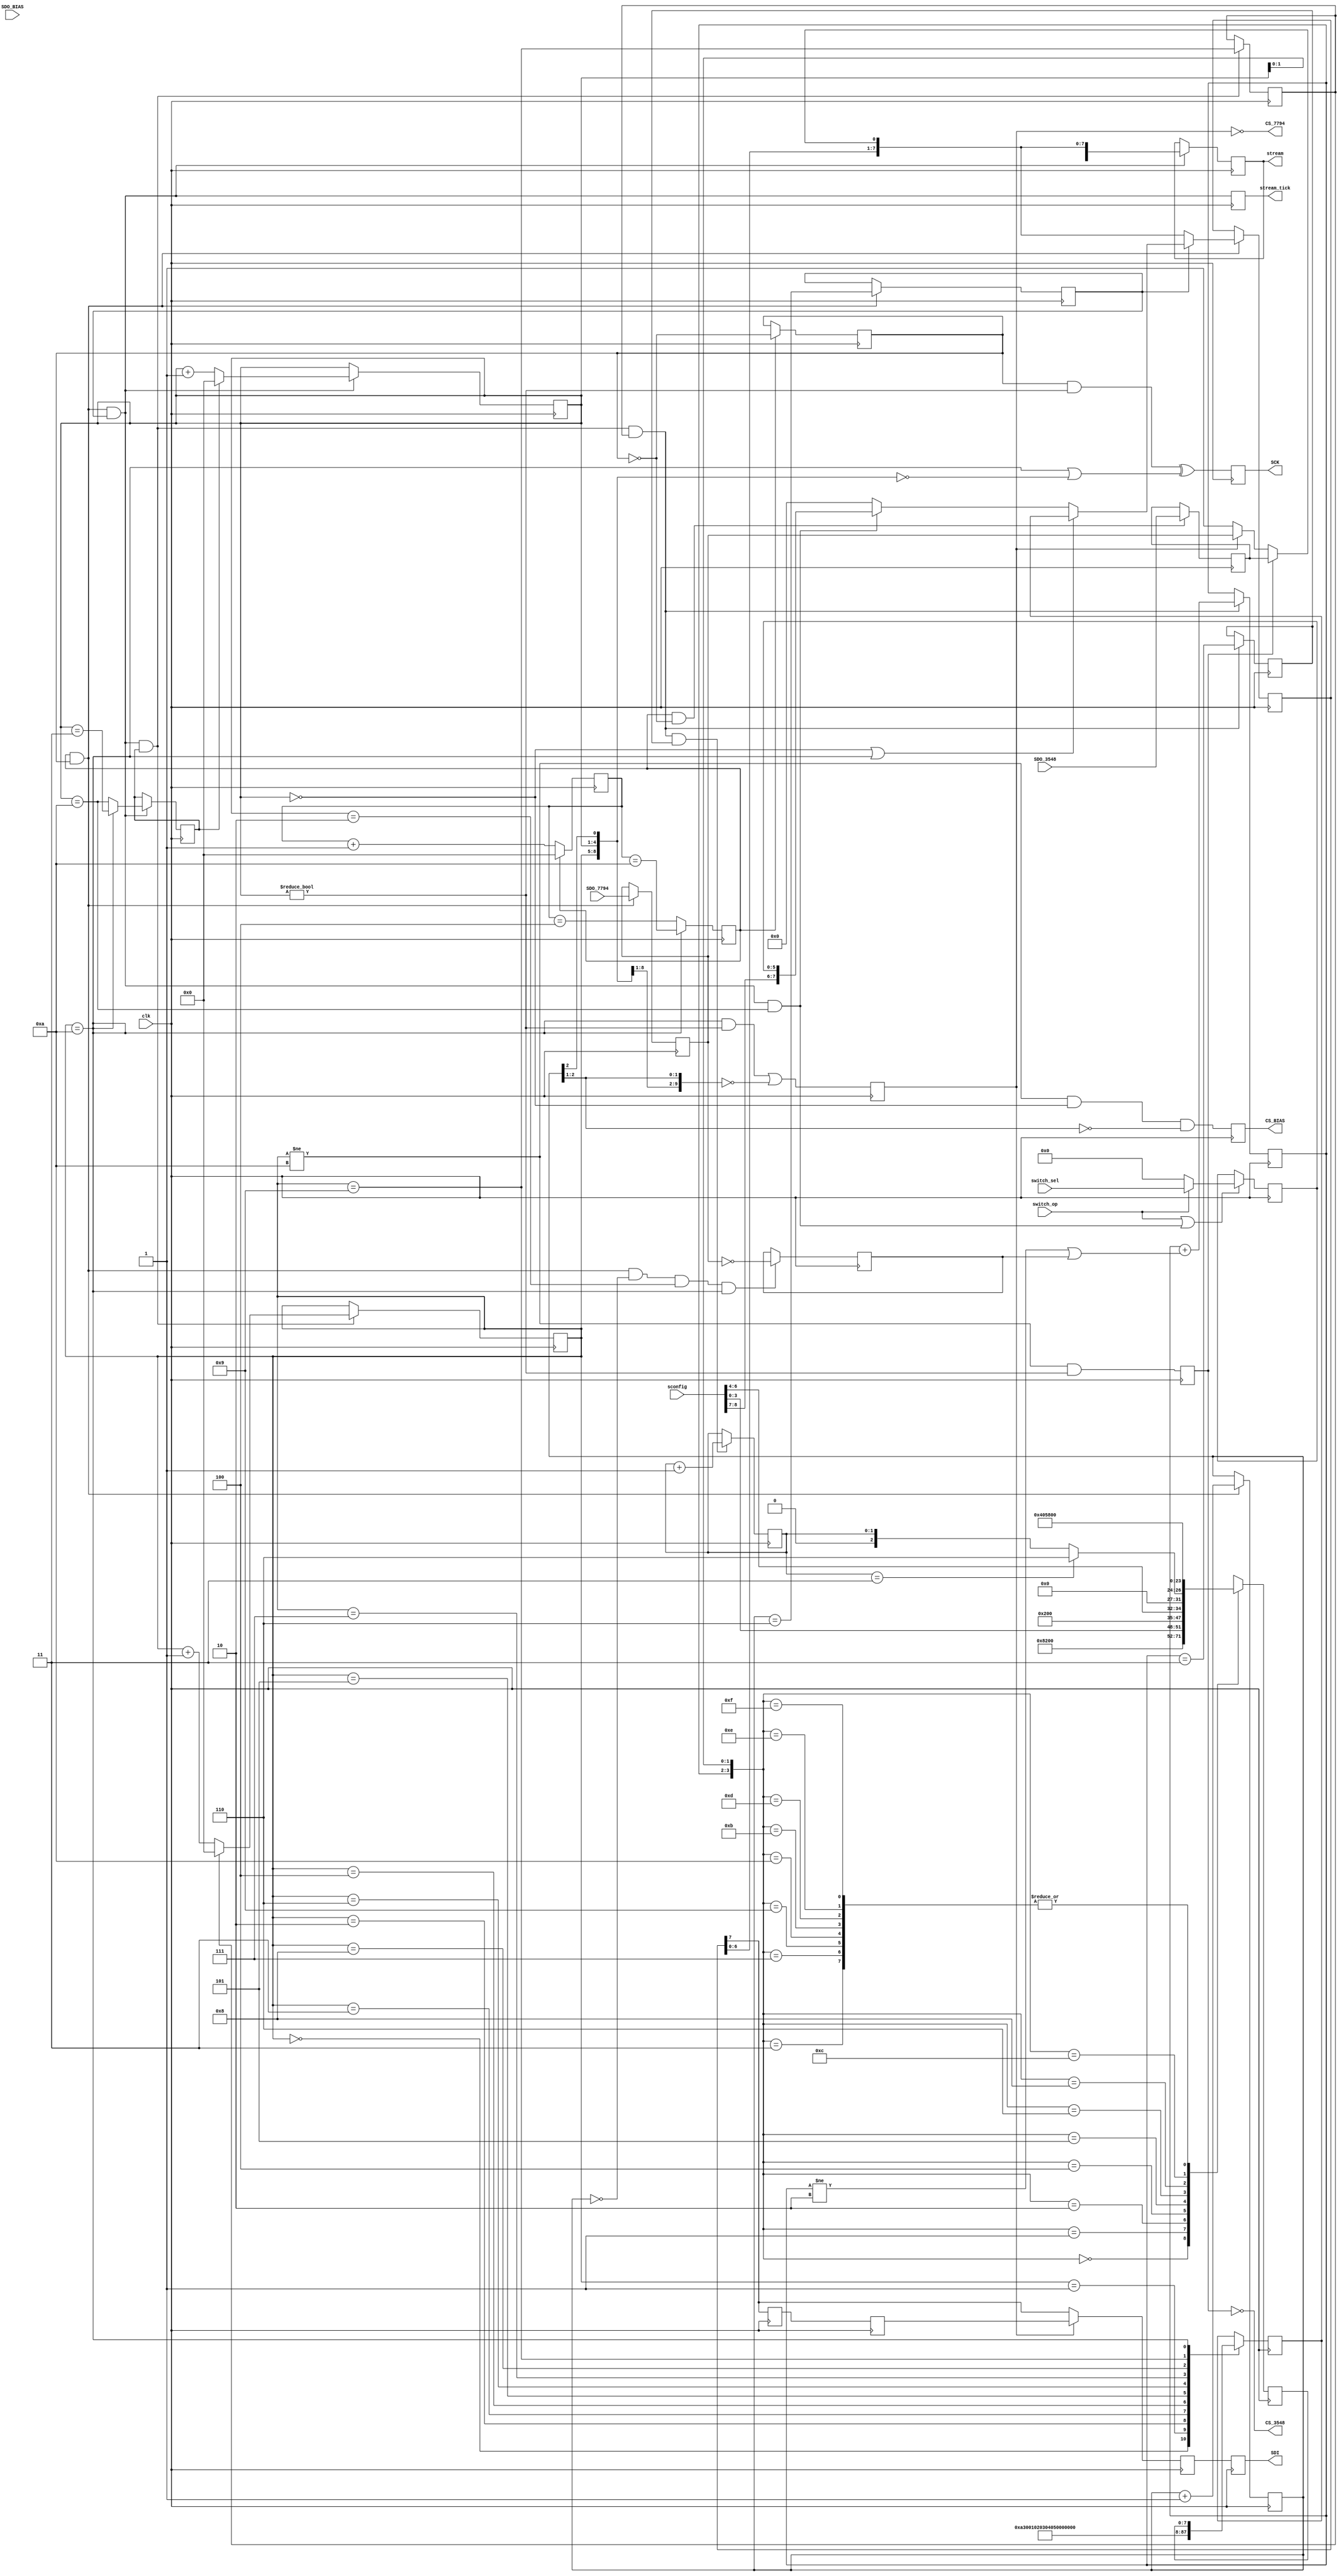
`timescale 1 ns / 1 ns
// support for
//   AD7794 24-bit 6-channel ADC
//   TLC3548 14-bit 8-channel ADC
//   XC9536XL CPLD (programmed according to bias_ctl.v)
// sharing SCK and SDI, but with individual CS and SDO.

// Pin assignments, refer to test22.ps (expansion board schematic)
// and LLRF4 board documentation.  J2 is on expansion board, J3 is
// on LLRF4 board.
// SDI sends a signal to devices from this FPGA

module sporta(
	input clk,       // timespec 8 ns
	output SCK,      // O1  J2-4   J3-17  L6N
	output SDI,      // O3  J2-6   J3-15  L5N
	output CS_7794,  // O2  J2-5   J3-16  L6P
	output CS_3548,  // O4  J2-7   J3-14  L5P
	output CS_BIAS,  // O5  J2-9   J3-12  L4N
	input SDO_7794,  // I2  J2-16  J3-5   L1N
	input SDO_3548,  // I3  J2-17  J3-4   L1P
	input SDO_BIAS,  // I1  J2-15  J3-6   L2P
	input [8:0] sconfig,  // expand as needed
	input [5:0] switch_sel,
	input switch_op,
	output [15:0] stream,
	output stream_tick
);

// The open-drain output of the 74LCX07 causes asymmetries in the
// output waveforms: slow rise, fast fall.  The rising-edge triggered
// AD7794 therefore needs its data to have a three-ish clock cycle
// hold time, in case it makes a high-to-low transition that could
// beat the rise time of the clock.

// AD7794:
//   SCLK up to 5 MHz
//   CS_7794 held high when not in use
//   SDI must be valid around SCK rising edge
//   SDO_7794 changes in response to SCK falling edge
//   possible transactions:
//      lower CS, send write to command register (0x08),
//            send 16 bits data to mode register, raise CS
//      lower CS, send write to command register (0x58),
//            read 24 data bits from data register, raise CS

// TLC3548:
//   SCLK up to 25 MHz
//   CS_3548 held high when not in use
//   SDI must be valid around SCK falling edge
//   SDO_3548 changes in response to SCK rising edge
//   possible transactions:
//      lower CS, send 4 bits of command, 12 bits to configuration register,
//            raise CS
//      lower CS, send 4 bits of command while reading data, 10 more clocks
//            to read data, 2 more clocks for don't care bits, 72 more clocks
//            to operate conversion, raise CS
//   See page 18 for the 4-bit command code; selects channel or write CFR
//      (needs to cycle through A, 0-7, to setup and read 8 analog channels)
//   4+12+72=88 clock cycle (short, up to 10 MHz) 11 us at 8 MHz
//   4+44+72=120 clock cycle (long, up to 25 MHz) 5 us at 24 MHz
//    120 ~ 128, or 16 bytes
//   suitable command register transaction: 0xa100, external clock

// Bias CPLD:
//   SCLK up to 200 MHz
//   CS_BIAS held low when not in use
//   SDI must be valid around SCK rising edge
//   SDO_BIAS changes in response to SCK rising edge
//   possible transaction:
//      send 6 on/off command bits, raise CS, clock once,
//            lower CS, clock 6 status bits back

// 5 MHz SCLK
// groups of 8, either send/receive data, or raise/lower CS lines
// instruction memory for send data, 2 x CS lines, clock enable,
// and indirect modifiers for data (e.g., use channel counter).

reg [1:0] c6=0;  //  0 to 2, choosing slow ADC channel
reg [1:0] c5=0;  //  0 to 3, choosing slow ADC sequence
reg [3:0] c4=0;  //  0 to 10, choosing fast ADC channel, setup
reg [3:0] c3=0;  //  0 to 11, counting bytes within 88 bit fast ADC cycle
reg [2:0] c2=0;  //  0 to 7, bits within the byte
reg [0:0] c1=0;  //  SCK high or low
reg [3:0] c0=0;  //  0 to 5 or 11, high/low SCK time for 3548 or 7794 (87.5 MHz clock)
wire [7:0] stream_state = {c6,c5==3,c4,c3==0};

reg carry0=0, carry2=0, carry3=0, carry4=0, carry5=0;
wire carry1 = c1;
reg ready_7794=0;
always @(posedge clk) begin
	carry0 <= (c4==10) ? (c0==10) : (c0==4);
	c0 <= carry0 ? 0 : (c0+1);
	if (carry0) begin
		c1 <= ~c1;
	end
	if (carry0 & carry1) begin
		carry2 <= c2==6;
		c2 <= c2+1;
	end
	if (carry0 & carry1 & carry2) begin
		carry3 <= (c4==10) ? (c3==3) : (c3==10);
		c3 <= carry3 ? 0 : (c3+1);
	end
	if (carry0 & carry1 & carry2 & carry3) begin
		carry4 <= c4==9;
		c4 <= carry4 ? 0 : (c4+1);
	end
	if (carry0 & carry1 & carry2 & carry3 & carry4) begin
		carry5 <= c5==3;
		c5 <= c5 + (c5!=2 | ready_7794);
	end
	if (carry0 & carry1 & carry2 & carry3 & carry4 & carry5) begin
		c6 <= c6+1;
	end
end

// Bias CPLD programming
// XXX still needs to read out the state
reg [5:0] switch_pend=0;
wire switch_load = carry0 & carry1 & carry2 & (c3==10);
always @(posedge clk) begin
	if (switch_op | switch_load) switch_pend <= switch_op ? switch_sel : 8'b0;
end
wire [7:0] txd_bias = {sconfig[8:7],switch_pend};

reg [7:0] txd1;  // AD7794 programming
wire [3:0] filt_7794 = sconfig[3:0]; // See table 19
wire [2:0] gain_7794 = sconfig[6:4]; // See table 20
wire [3:0] chan_7794 = (c6==3) ? 4'h6 : {2'b0,c6};  // AIN1, AIN2, AIN3, Temperature
always @(posedge clk) case ({c5,c3[1:0]})
	4'h0: txd1 <= 8'h08;  // Write to mode register
	4'h1: txd1 <= 8'h20;  // Single Conversion, PSW off, AMP-CM off
	4'h2: txd1 <= {4'h0,filt_7794};  // Int. 64 kHz clock, chop enable
	4'h3: txd1 <= 8'h00;

	4'h4: txd1 <= 8'h10;  // Write to configuration register
	4'h5: txd1 <= {5'h0,gain_7794}; // No bias, config sets gain
	4'h6: txd1 <= {4'h0,chan_7794}; // REFIN1, enable ref_det, c6 sets input channel
	4'h7: txd1 <= 8'h00;

	4'h8: txd1 <= 8'h40;  // Read from status register
	4'h9: txd1 <= 8'h00;  // pad  (high order bit is #RDY)
	4'ha: txd1 <= 8'h00;
	4'hb: txd1 <= 8'h00;

	4'hc: txd1 <= 8'h58;  // Read from data register
	4'hd: txd1 <= 8'h00;
	4'he: txd1 <= 8'h00;
	4'hf: txd1 <= 8'h00;
endcase

reg [7:0] txd0=0;  // TLC3548 programming
always @(posedge clk) case(c4)
	4'h0: txd0 <= 8'ha3;
	4'h1: txd0 <= 8'h00;
	4'h2: txd0 <= 8'h10;
	4'h3: txd0 <= 8'h20;
	4'h4: txd0 <= 8'h30;
	4'h5: txd0 <= 8'h40;
	4'h6: txd0 <= 8'h50;
	4'h7: txd0 <= 8'h60;
	4'h8: txd0 <= 8'h70;
	4'h9: txd0 <= 8'hb0;  // test (ignore)
	4'ha: txd0 <= txd1;
endcase
wire [7:0] txd = ((c3==0) | (c4==10)) ? txd0 : switch_load ? txd_bias : 8'h00;

reg sck_r=0, sel_3548=0, sel_7794=0, sel_bias=0;
reg in_from_bias=0, in_from_3548=0, in_from_7794=0;
wire rxd = sel_3548 ? in_from_3548 : sel_7794 ? in_from_7794 : 1'b1 ;
reg [7:0] sr=0;
reg sr_out1=0, sr_out2=0, sr_out3=0, sr_out4=0;
wire [7:0] sr_next = {sr[6:0],rxd};
always @(posedge clk) begin
	if (carry0 & ~carry1) in_from_3548 <= SDO_3548;  // Latch in IOB
	if (carry0 &  carry1) in_from_7794 <= SDO_7794;  // Latch in IOB
	sck_r <= (c1 & (c3 != 0))^((c4==10)|({c4,c3,c2[2]}==0));
	sel_3548 <= (c4!=10) & (c3!=0);
	sel_7794 <= ((c4==10) & (c3!=0)) | ({c4,c3,c2[2:1]}==0);
	sel_bias <= (c4!=10) & (c3==0) & (c2[2:1]==0);
	if (carry0 & carry1) sr <= carry2 ? txd : sr_next;
	if (carry0 & carry1 & c2==0 & c3==2 & c4==10) ready_7794 <= ~in_from_7794;
	sr_out1 <= sr[7];
	sr_out2 <= sr_out1;
	// AD7794 has two cycles (~42 ns) extra hold time for reasons discussed above
	sr_out3 <= sel_7794 ? sr_out2 : sr[7];
	sr_out4 <= sr_out3;
end

assign SCK = sck_r;
assign SDI = sr_out4;
assign CS_BIAS =  sel_bias;  // ignore for now
assign CS_3548 = ~sel_3548;
assign CS_7794 = ~sel_7794;
reg [15:0] stream_r=0;
reg stream_tick_r=0;
always @(posedge clk) begin
	if (carry0 & carry1 & carry2) stream_r <= {stream_state,sr_next};
	stream_tick_r <= carry0 & carry1 & carry2;
end
assign stream = stream_r;
assign stream_tick = stream_tick_r;
// That will give ~2 MByte/sec, can ignore garbage later

// stream output should give a block 16 bytes (identifiable),
//   byte spacing within the block is about 1/ few microseconds,
//   part of the larger repeat cycle of 256 bytes
// should be good enough to give a cycle ID along with the 38-bit sr
//  once every millisecond?
// Actual lcls configuration as of 2009-05-11:
//  cic_sample rate set to freq_dsp/(4*COHERENT_DEN) in lcls_rf.v
//    output rate is half of that, because of the half-band filter.
//    COHERENT_DEN is 50 for SLAC production, so the block rate is
//    87.5/50/4/2 = 0.21875 MHz (400 DSP clock cycles)
//    that's for 12 x 20-bit numbers, plus 8-bit aux and its 8-bit address
//  To stay clean, want to get this block tick directly from the DSP
//   clock domain, don't route through USB.  Problem is that the routing
//   is through wave_mem, which can be a deep FIFO.

endmodule